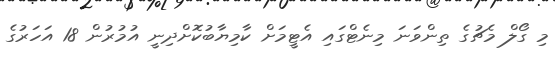
މި ގޯލް މެޗުގެ ތިންވަނަ މިނެޓްގައި އެޓީމަށް ކާމިޔާބުކޮށްދިނީ އުމުރުން 18 އަހަރުގެ